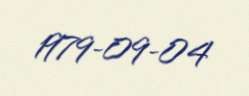
1979-09-04